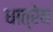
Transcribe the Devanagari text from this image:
धात्रेय